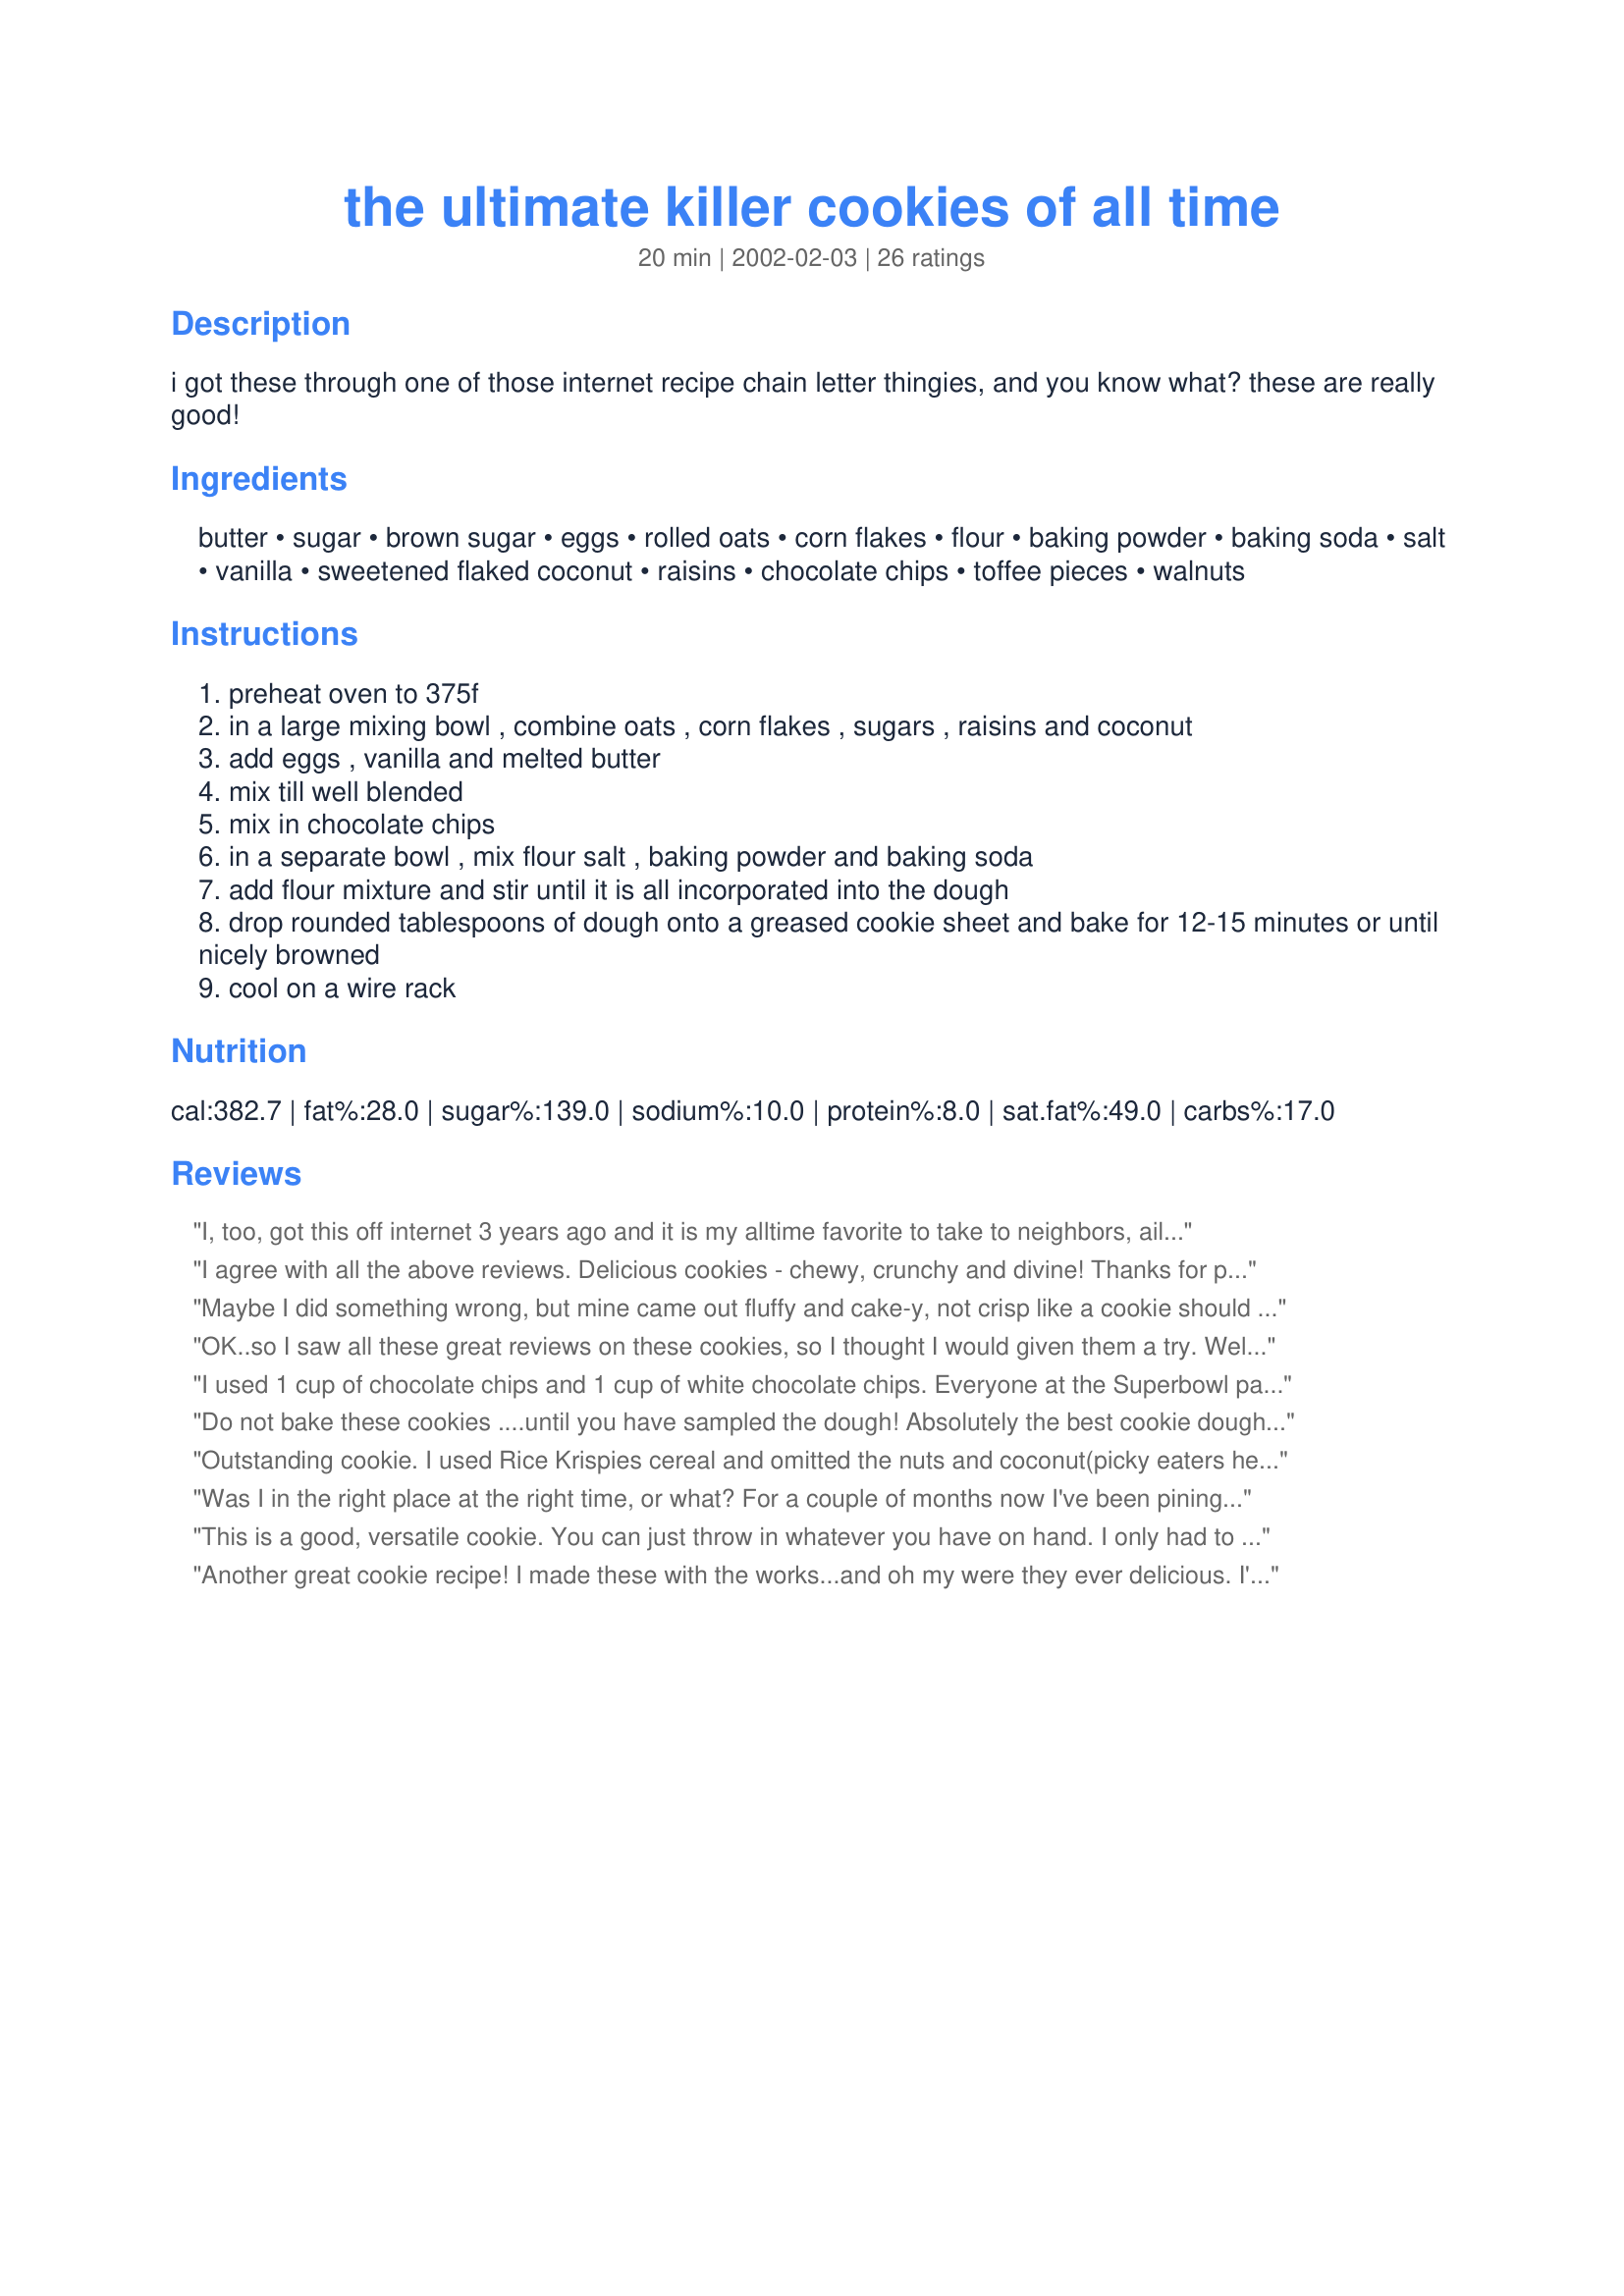
the ultimate killer cookies of all time
Preparation time: 20 minutes

i got these through one of those internet recipe chain letter thingies, and you know what? these are really good!

Ingredients:
butter, sugar, brown sugar, eggs, rolled oats, corn flakes, flour, baking powder, baking soda, salt, vanilla, sweetened flaked coconut, raisins, chocolate chips, toffee pieces, walnuts

Steps:
preheat oven to 375f
in a large mixing bowl , combine oats , corn flakes , sugars , raisins and coconut
add eggs , vanilla and melted butter
mix till well blended
mix in chocolate chips
in a separate bowl , mix flour salt , baking powder and baking soda
add flour mixture and stir until it is all incorporated into the dough
drop rounded tablespoons of dough onto a greased cookie sheet and bake for 12-15 minutes or until nicely browned
cool on a wire rack

Reviews:
I, too, got this off internet 3 years ago and it is my alltime favorite to take to neighbors, ailing church members, etc. (You should 1st check for food allergies, likes/dislikes first, cauz these cookies have about EVERYTHING in them!) Everyone goes GAGA over them! I had always made them using rounded teaspoons (I misread the recipe for 2 years), which essentially doubles the recipe but makes the cooking time critical. I bake (the smaller cookies) for 10-11 minutes and they turn out chewy. Leave them in about 1 min longer and they are crispy. Any longer than that, they are TOO crispy -- not good at all.
I agree with all the above reviews. Delicious cookies - chewy, crunchy and divine! Thanks for posting!
Maybe I did something wrong, but mine came out fluffy and cake-y, not crisp like a cookie should be. It's like cake with bits of chewy oats and corn flakes in it. I'm throwing them out. <br/>They taste good though.
OK..so I saw all these great reviews on these cookies, so I thought I would given them a try. Well...I wasted an awful lot of ingredients on these and they turned out horrible. They were sticky and flat.! I lay none of this blame on the creator of this recipe...but if someone could give me a tip on what im doing wrong..I would be sp appreciative!!! I am an avid baker...so I was so disappointed in myself.
I used 1 cup of chocolate chips and 1 cup of white chocolate chips. Everyone at the Superbowl party seemed to enjoy them. I used rounded teaspoons and only baked for 9 minutes. These were a nice change of pace from my standard chocolate chiop cookies. Oh, and I forgot to grease the pan and they still came off with no problems. Maybe 'cuz I use air bake cookie sheets? Anyway, this is a great recipe. Thanks, Mirj!
Do not bake these cookies ....until you have sampled the dough! Absolutely the best cookie dough I have tasted! I ate so much it made me ill and I was an hour late to work. But, I will do it again!
I whipped these up with Rice Crispies and added coconut and Craisins to half and just chocolate chips to the other half (on request) Thanks for a great recipe!
Outstanding cookie. I used Rice Krispies cereal and omitted the nuts and coconut(picky eaters here!). I used white chocolate chips, butterscotch chips and those black&white M&Ms that are out now.(If I ever get to make them just for myself I'll use raisins and walnuts!!). Love this recipe because it makes so much, and I haven't stirred up cookies by hand for a long time! Will make again for sure!
Was I in the right place at the right time, or what? For a couple of months now I've been pining for a new cookie recipe that would satisfy some vague yearning. Well, I found it here, and from Ms. Dorn, to boot! These cookies are wonderful!! At first, I thought they might be too "busy" for my taste, but absolutely not. As I usually do, I subbed 1/2C of applesauce for 1/2 the butter...and they turned out beautifully. One thing about reducing the fat in cookies, it helps keep them from spreading and they had a nice "thickness". I took them out at 12 minutes and they came out nice and chewy. The coconut, raisins and choc. chips are a wonderful combination. "Cookieathon"...here we come!!!!! Thanks, as always, Ms. D. from one of your biggest fans (oh, and my DH is waving as well! :)
This is a good, versatile cookie. You can just throw in whatever you have on hand. I only had to bake mine for 10 minutes or they got too brown. Tasted great. Thanks.
Another great cookie recipe! I made these with the works...and oh my were they ever delicious. I'm submitting a photo in gratitude. Thanks again Mirjam for such a tasty treat!
WOW!!! My husbands exact words were "This is the only cookie that I ever want to eat". He ate them so fast that I had to make a second batch-and he helped. smiles. Instead of corn flakes we used rice krispies. Yum!! Great Cookie. Thanks!!
This is a great recipe, my son and husband loved it. After just three days they were completely gone and were begging me to make more. Must try.

Ok, first off, what emerged from my oven looked *nothing* like the picture!! :-) I don't mind at all though, as the cookies are gorgeous! I used chopped dark chocolate and chopped walnuts, and my corn flakes were sugar coated which I didn't realize until after I'd made the cookies. Seemed to work fine! (I used a scant cup of sugar, so I think it evened things out, sweetness-wise) I used a 1-inch cookie scoop and found I had to bake the cookies at 190 C for exactly 9 minutes; got 45 cookies but I think I ate at least three cookies worth of the dough... My cookies all turned out on the crispy side, but I think it was because I was skimpy with the flour. Will definitely make again!
This is one awesome cookie. You don't even need to use a mixer. Quick to make and the only change I made was 1/2 butter and half margarine since I didn't have 2 sticks of butter. They received raves and recipe requests at the potluck.
Thank you sooooooooooooo much.
All I have to say is "Yum!"
Ok first thing first, I can't emphasize enough how good these little babies were!!! I didn't want to share them, and I wanted them all to myself!!! Followed the recipe almost exactly, except I upped the vanilla to 1 tablespoon. And I used walnuts, chocolate chips, toffee pieces and I added peanut butter chips into the dough. If you haven't tried this recipe, you really have too!!!
These little cookies are awesome! Just the right texture. So crisp on the outside but chewy on the inside. Thanks for posting such a tasty recipe.
These are very good - I liked the flavor but they aren't the end all and be all of all cookies - thus only 4 stars instead of 5. I added M&Ms, chocolate chips and 1 t of Cream of Tartar (I like the flavor of it). I baked for only 9 minutes because I used rounded teaspoonsful instead of tablespoonsfull. I usually avoid recipes that call for greasing the cookie sheet because that translates into "there is no way you're getting these cookies off the sheet without making a mess" but was pleasantly surprised that they came off in one piece. I'll definately add this one to my cookbook. Thanks for the recipe!
This is my number 1 cookie recipe- I got it online as well. I love it with coconut. Delish! You can never go wrong with this recipe. I bake them 9 mintes and they are perfect. I find they come out better with parchment paper! You'll love these!
Very Delcious Cookie! It is a killer cookie, thats for sure! It hd a different texture than most cookies(probaly from the corn flakes) which make this cookie extra special!
Thanks for the recipe Mirj!
These are excellent cookies for children to make! They can melt the butter in the microwave and mix the rest up easily by hand! My five loved it, with son # 3 declaring them "Killer Cookies indeed!" as he begged for a fourth!
DELICIOUS !!! I cut back on the cooking time but otherwise stuck to the recipe and was very pleased with the results. 5 Star Plus
Someone finally posted this recipe. I've been making these for a while. We also use Rice Krispies, reeses pieces and coconut. Sometimes I throw in macadameia nuts (when I can afford them)and white choco chps
This has been a favorite in my household for 20 years. We prefer ricekrispies for cereal and I add 1 teaspoon of cream of tartar
Ozarkannie
This is such a wonderfully easy and tasty cookie to make. I added chocolate chips, walnuts and a little cinnamon to mine as the mix and match. I gave this recipe to my niece and she had everything excpet cornflakes, couldn't go out in the snow to the market for cornflakes so she tossed a cup of crushed Special K cerial and they were perfect. Thanks for this recipe gift!!!!
I found this recipe on fabulous foods.com a couple of years ago and think that this is one of the best cookie recipes ever. I added Craisins, as well as chocolate chips, toffee chips and raisins. DH and I don't particularly care for nuts in cookies (maybe we are both a little nuts), but I'm sure that there are several different kinds of nuts that would work. I think macadamia nuts would be good.
